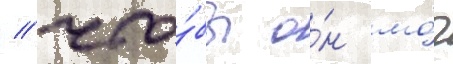
/ что́бы о́н мо́г